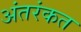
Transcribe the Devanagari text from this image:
अंतरंकत